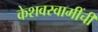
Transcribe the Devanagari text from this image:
केशवस्वामींची